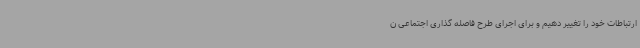
ارتباطات خود را تغییر دهیم و برای اجرای طرح فاصله گذاری اجتماعی ن